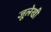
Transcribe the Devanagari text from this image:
जूलेखी